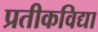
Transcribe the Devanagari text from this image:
प्रतीकविद्या